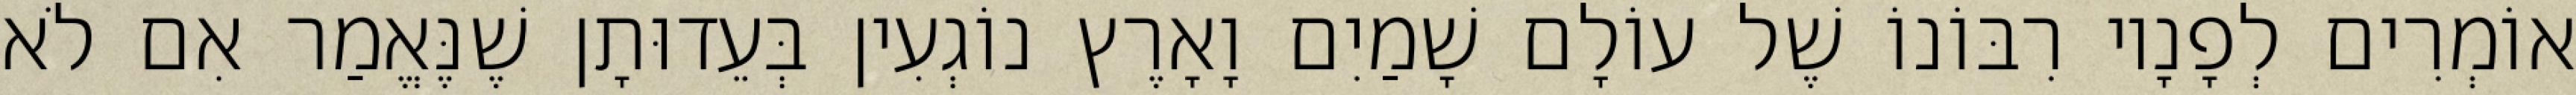
אוֹמְרִים לְפָנָיו רִבּוֹנוֹ שֶׁל עוֹלָם שָׁמַיִם וָאָרֶץ נוֹגְעִין בְּעֵדוּתָן שֶׁנֶּאֱמַר אִם לֹא